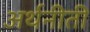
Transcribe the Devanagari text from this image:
अर्थनीती